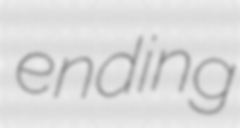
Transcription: ending